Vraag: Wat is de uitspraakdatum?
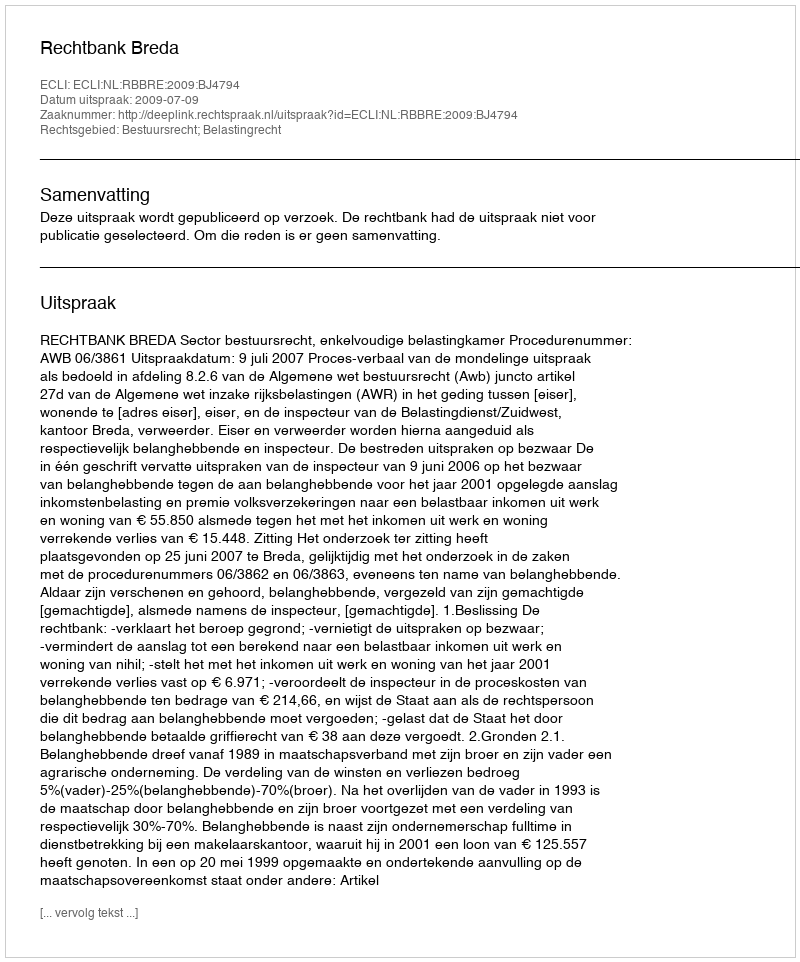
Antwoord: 2009-07-09